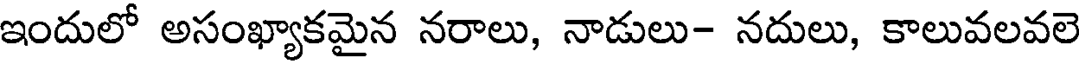
ఇందులో అసంఖ్యాకమైన నరాలు, నాడులు- నదులు, కాలువలవలె